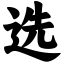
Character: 选